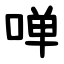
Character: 啴